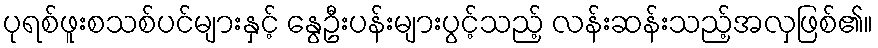
ပုရစ်ဖူးစသစ်ပင်များနှင့် နွေဦးပန်းများပွင့်သည့် လန်းဆန်းသည့်အလှဖြစ်၏။